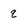
Character: q